Scottish Leaving Certificate Examination, 1959
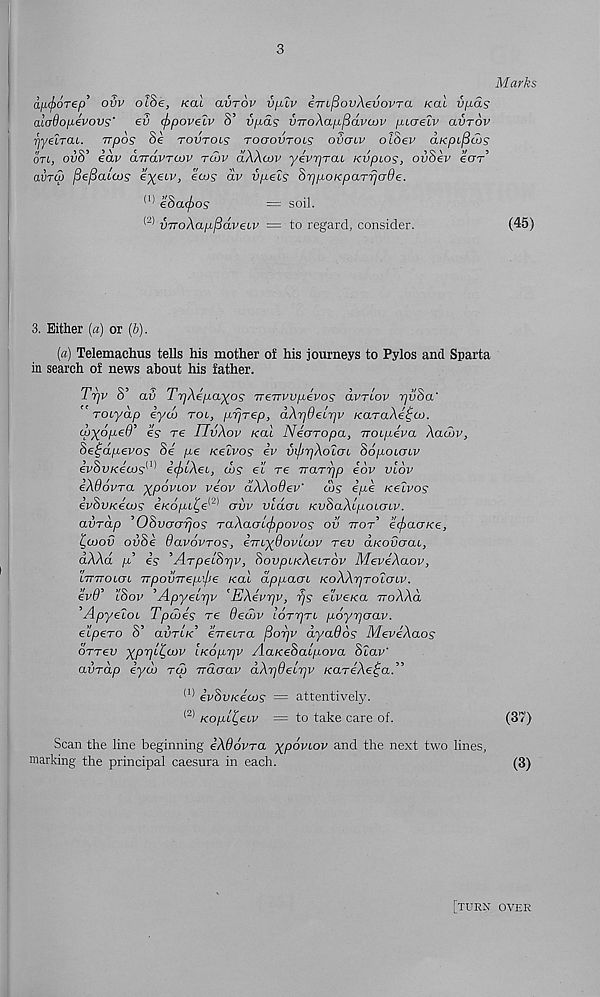
3
M arks
an<f>6Tep , ovv ol8e, /cat avrov vp-Xv em^ovXevovTa /cat vpds
ala9opevovs' ev <f>pov€LV 8’ vpds vvoAapfidvcov pioeiv aVTOV
riyeiTai. mpos 8e tovtols togovtols ovglv olSev aKpL^ais
otl, ov8’ eav drrdvTLOv tcov cIAAeuv yeV^rat Kvpios, ovSev ecrr’
avraj fiepcuajs eyetv, ecos dv vpeiS 8r]poKpaTrja6e.
(1) eSacjjos
= soil.
vvoAapfidveLV = to regard, consider.
(45)
3. Either (a) or (b).
(a) Telemachus tells his mother of his journeys to Pylos and Sparta
in search of news about his father.
7> S’ av TrjAepa^os TreTrvvpevos dvrcov rjvSa'
' TOLydp iyw tol, prjrep, dAr/Oetrjv /caraAe^oi.
MyopeS’ e? re ITvAov real Nearopa, -noLpiva Aacov,
8e£dpevos 8e pe Kelvos ev {njjrjAoXoi So/xotatv
eVSiz/ce^j 11 * i(J)lAei, d)S €i re Trarrjp eov viov
iAOdvra ypoviov veov dAAodev' cos ipe KeXvos
ivSvKecos e/co/rt^e <2) avv vldou KvdaAipoioiv.
avrdp ’OSvaarjos TaAaaicjopovos ov ttot’ ecjiaoKe,
C,u>ov oii8e davovros, imydovlcov rev aKOvaai,
dAAd p" is ’ArpelSriv, Soupt/cAetrov MeviAaov,
L7TTTO LG L ITpOVTTep’Jle Kal dppaOL KoAArjTOLGLV.
evd’ tSon ’ApyeLr]v ’EAevrjv, rjs etve/ca iroAAd
’ApyeXoi Tpcoes re Oedov lottjtl poyr/Gav.
elpero S’ aurt/c’ eVetra f3or)v dyados MeviAaos
orrev yprjL^cov iKoprjv AaKeSacpova Slav'
aiirap iycu to) rraGav dArjdeLrjV KareAe^a.”
(1) ivSvKecos == attentively.
(2) Kopi^eiv — to take care of.
(37)
Scan the line beginning iAdovra ypoviov and the next two lines,
marking the principal caesura in each.
(3)
[turn over